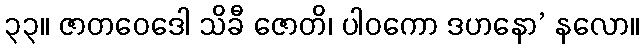
၃၃။ ဇာတဝေဒေါ သိခီ ဇောတိ၊ ပါဝကော ဒဟနော’ နလော။